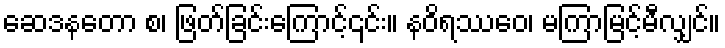
ဆေဒနတော စ၊ ဖြတ်ခြင်းကြောင့်၎င်း။ နဝိရဿေဝ၊ မကြာမြင့်မီလျှင်။